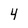
Character: 4